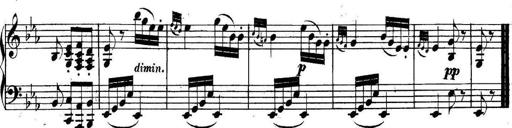
Title: Collected Piano Sonatas
Composer: Muzio Clementi